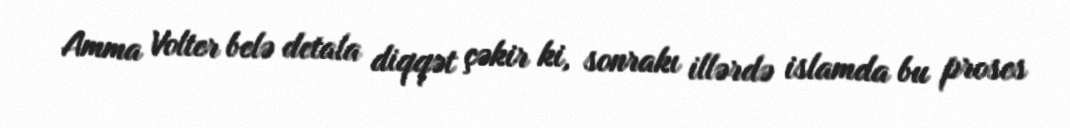
Amma Volter belə detala diqqət çəkir ki, sonrakı illərdə islamda bu proses